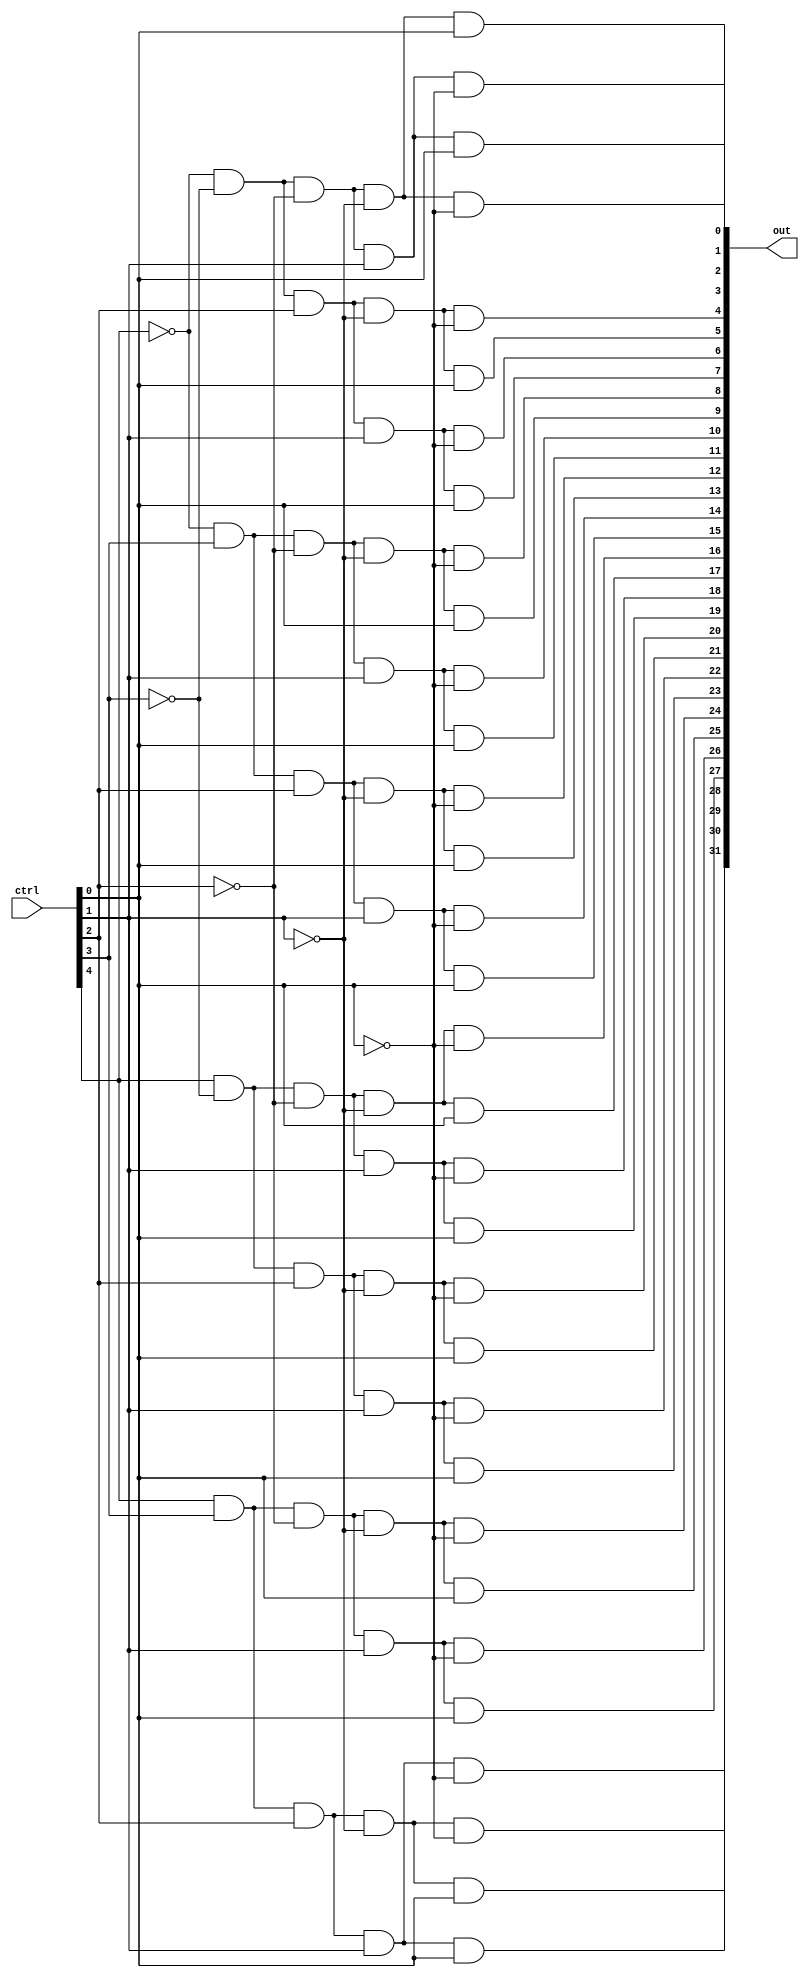
module decode5to32(ctrl, out);

	// The outputs of this decoder will be fed into tristate buffers as enables. Only tristates with enables of 1 will pass their bits
	// Each register will have 32 tristate buffers (each one gets the same enable)

	input [4: 0] ctrl;
	output [31:0] out;
	
	wire s0, s1, s2, s3, s4;
	
	not		n0(s0, ctrl[0]);	// The not of the least significant bit
	not		n1(s1, ctrl[1]);
	not		n2(s2, ctrl[2]);
	not		n3(s3, ctrl[3]);
	not		n4(s4, ctrl[4]);	// The not of the most significant bit
	
	and 	a0(out[0], s4, s3, s2, s1, s0);
	and 	a1(out[1], s4, s3, s2, s1, ctrl[0]);
	and 	a2(out[2], s4, s3, s2, ctrl[1], s0);
	and 	a3(out[3], s4, s3, s2, ctrl[1], ctrl[0]);
	and 	a4(out[4], s4, s3, ctrl[2], s1, s0);
	and 	a5(out[5], s4, s3, ctrl[2], s1, ctrl[0]);
	and 	a6(out[6], s4, s3, ctrl[2], ctrl[1], s0);
	and 	a7(out[7], s4, s3, ctrl[2], ctrl[1], ctrl[0]);
	and 	a8(out[8], s4, ctrl[3], s2, s1, s0);
	and 	a9(out[9], s4, ctrl[3], s2, s1, ctrl[0]);
	and 	a10(out[10], s4, ctrl[3], s2, ctrl[1], s0);
	and 	a11(out[11], s4, ctrl[3], s2, ctrl[1], ctrl[0]);
	and 	a12(out[12], s4, ctrl[3], ctrl[2], s1, s0);
	and 	a13(out[13], s4, ctrl[3], ctrl[2], s1, ctrl[0]);
	and 	a14(out[14], s4, ctrl[3], ctrl[2], ctrl[1], s0);
	and 	a15(out[15], s4, ctrl[3], ctrl[2], ctrl[1], ctrl[0]);
	and 	a16(out[16], ctrl[4], s3, s2, s1, s0);
	and 	a17(out[17], ctrl[4], s3, s2, s1, ctrl[0]);
	and 	a18(out[18], ctrl[4], s3, s2, ctrl[1], s0);
	and 	a19(out[19], ctrl[4], s3, s2, ctrl[1], ctrl[0]);
	and 	a20(out[20], ctrl[4], s3, ctrl[2], s1, s0);
	and 	a21(out[21], ctrl[4], s3, ctrl[2], s1, ctrl[0]);
	and 	a22(out[22], ctrl[4], s3, ctrl[2], ctrl[1], s0);
	and 	a23(out[23], ctrl[4], s3, ctrl[2], ctrl[1], ctrl[0]);
	and 	a24(out[24], ctrl[4], ctrl[3], s2, s1, s0);
	and 	a25(out[25], ctrl[4], ctrl[3], s2, s1, ctrl[0]);
	and 	a26(out[26], ctrl[4], ctrl[3], s2, ctrl[1], s0);
	and 	a27(out[27], ctrl[4], ctrl[3], s2, ctrl[1], ctrl[0]);
	and 	a28(out[28], ctrl[4], ctrl[3], ctrl[2], s1, s0);
	and 	a29(out[29], ctrl[4], ctrl[3], ctrl[2], s1, ctrl[0]);
	and 	a30(out[30], ctrl[4], ctrl[3], ctrl[2], ctrl[1], s0);
	and 	a31(out[31], ctrl[4], ctrl[3], ctrl[2], ctrl[1], ctrl[0]);	// the most significant output bit

endmodule